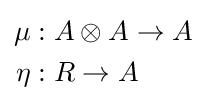
{\begin{aligned}\mu &:A\otimes A\to A\\\eta &:R\to A\end{aligned}}